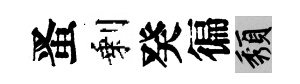
󱉠剩癸徧頽